Vaccination in Bombay 1874-1876 - 1874-1876
Year: 1874
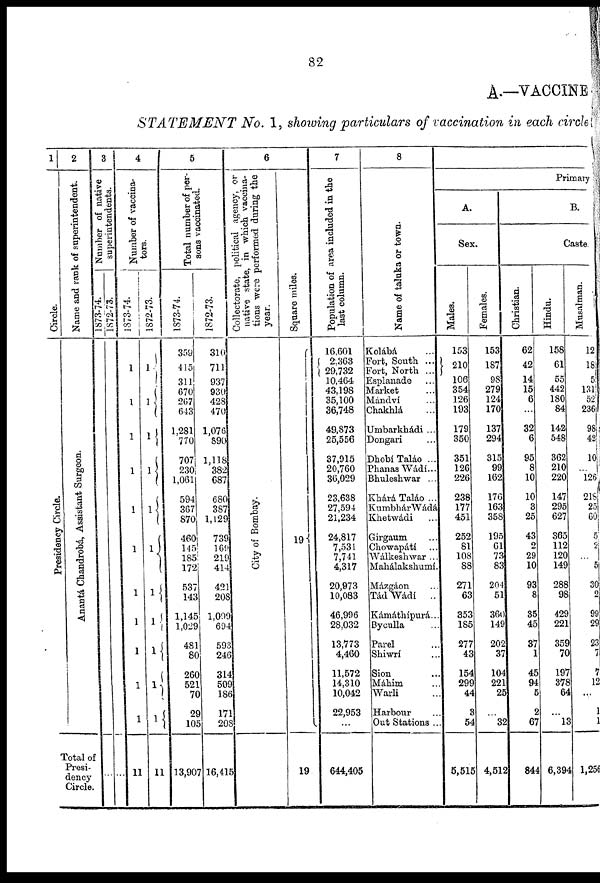
82
A.—VACCINE
STATEMENT No. 1, showing particulars of vaccination in each circle
1
Circle.
Presidency Circle.
2
Name and rank of superintendent.
Anantá Chandrobá, Assistant Surgeon.
Total of
Presi¬
dency
Circle.
3
Number of native
superintendents.
1873-74.
...
1872-73.
...
4
Number of vaccina¬
tors.
1873-74.
1
1
1
1
1
1
1
1
1
1
1
11
1872-73.
1
1
1
1
1
1
1
1
1
1
1
11
5
Total number of per-
sons vaccinated.
1873-74.
359
415
311
670
267
643
1,281
770
707
230
1,061
594
367
870
460
145
185
172
537
143
1,145
1,029
481
80
260
521
70
29
105
13,907
1872-73.
310
711
937
930
428
470
1,076
890
1,118
382
687
680
387
1,129
739
169
219
414
421
208
1,099
694
593
246
314
509
186
171
208
16,415
6
Collectorate, political agency, or
native state, in which vaccina-
tions were performed during the
year.
City of Bombay.
13,907
Square miles.
19
19
7
Population of area included in the
last column.
16,601
2,363
29,732
10,464
43,198
35,100
36,748
49,873
25,556
37,915
20,760
36,029
23,638
27,594
21,234
24,817
7,531
7,741
4,317
20,973
10,083
46,996
28,032
13,773
4,460
11,572
14,310
10,042
22,953
...
644,405
8
Name of taluka or town.
Kolábá ...
Fort, South ...
Fort, North ...
Esplanade ...
Market ...
Mándví ...
Chakhlá ...
Umbarkhádi ...
Dongari ...
Dhobí Taláo ...
Phanas Wádí ...
Bhuleshwar ...
Khárá Taláo ...
Kumbhár Wádá
Khetwádi ...
Girgaum ...
Chowapátí ...
Wálkeshwar ...
Mahálakshumí.
Mázgáon ...
Tád Wádí ..
Kámáthípurá ...
Byculla ...
Parel ...
Shiwrí ...
Sion ...
Máhim ...
Warli ...
Harbour ...
Out Stations ...
Primary
A.
Sex.
Males.
153
210
106
354
126
193
179
350
351
126
226
238
177
451
252
81
108
88
271
63
353
185
277
43
154
299
44
3
54
5,515
Females.
153
187
98
279
124
170
137
294
315
99
162
176
163
358
195
61
73
83
204
51
360
149
202
37
104
221
25
...
32
4,512
B.
Caste.
Christian.
62
42
14
15
6
...
32
6
95
8
10
10
3
25
43
2
29
10
93
8
35
45
37
1
45
94
5
2
67
844
Hindu.
158
61
55
442
180
84
142
548
362
210
220
147
295
627
365
112
120
149
288
98
429
221
359
70
197
378
64
...
13
6,394
Musalman.
12
18
5
131
52
236
98
42
10
...
126
218
25
60
5
2
... 5
30
2
99
29
23
7
7
12
...
1
1
1,256